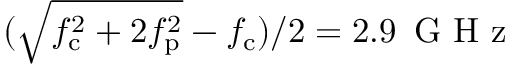
( \sqrt { f _ { \mathrm { c } } ^ { 2 } + 2 f _ { \mathrm { p } } ^ { 2 } } - f _ { \mathrm { c } } ) / 2 = 2 . 9 \, \mathrm { ~ G ~ H ~ z ~ }